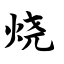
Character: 烧